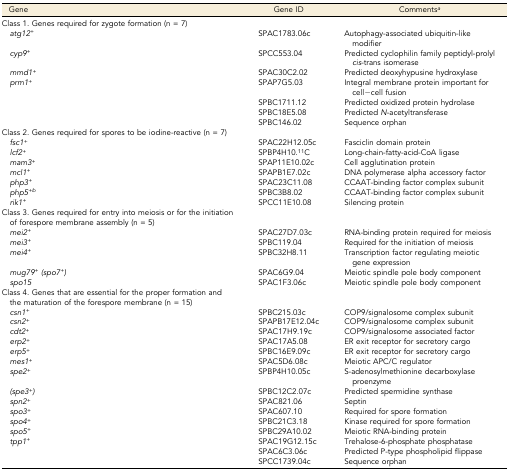
<table><thead><tr><td><b>Gene</b></td><td><b>Gene ID</b></td><td><b>Comments<i><sup>a</sup></i></b></td></tr></thead><tbody><tr><td>Class 1. Genes required for zygote formation (n = 7)</td><td></td><td></td></tr><tr><td><i> atg12</i><sup>+</sup></td><td>SPAC1783.06c</td><td>Autophagy-associated ubiquitin-like modifier</td></tr><tr><td><i> cyp9</i><sup>+</sup></td><td>SPCC553.04</td><td>Predicted cyclophilin family peptidyl-prolyl <i>cis</i>-trans isomerase</td></tr><tr><td><i> mmd1</i><sup>+</sup></td><td>SPAC30C2.02</td><td>Predicted deoxyhypusine hydroxylase</td></tr><tr><td><i> prm1</i><sup>+</sup></td><td>SPAP7G5.03</td><td>Integral membrane protein important for cell−cell fusion</td></tr><tr><td></td><td>SPBC1711.12</td><td>Predicted oxidized protein hydrolase</td></tr><tr><td></td><td>SPBC18E5.08</td><td>Predicted <i>N</i>-acetyltransferase</td></tr><tr><td></td><td>SPBC146.02</td><td>Sequence orphan</td></tr><tr><td>Class 2. Genes required for spores to be iodine-reactive (n = 7)</td><td></td><td></td></tr><tr><td><i> fsc1</i><sup>+</sup></td><td>SPAC22H12.05c</td><td>Fasciclin domain protein</td></tr><tr><td><i> lcf2</i><sup>+</sup></td><td>SPBP4H10.<sup>11</sup>C</td><td>Long-chain-fatty-acid-CoA ligase</td></tr><tr><td><i> mam3</i><sup>+</sup></td><td>SPAP11E10.02c</td><td>Cell agglutination protein</td></tr><tr><td><i> mcl1</i><sup>+</sup></td><td>SPAPB1E7.02c</td><td>DNA polymerase alpha accessory factor</td></tr><tr><td><i> php3</i><sup>+</sup></td><td>SPAC23C11.08</td><td>CCAAT-binding factor complex subunit</td></tr><tr><td><i> php5</i><sup>+</sup><i><sup>b</sup></i></td><td>SPBC3B8.02</td><td>CCAAT-binding factor complex subunit</td></tr><tr><td><i> rik1</i><sup>+</sup></td><td>SPCC11E10.08</td><td>Silencing protein</td></tr><tr><td>Class 3. Genes required for entry into meiosis or for the initiation of forespore membrane assembly (n = 5)</td><td></td><td></td></tr><tr><td><i> mei2</i><sup>+</sup></td><td>SPAC27D7.03c</td><td>RNA-binding protein required for meiosis</td></tr><tr><td><i> mei3</i><sup>+</sup></td><td>SPBC119.04</td><td>Required for the initiation of meiosis</td></tr><tr><td><i> mei4</i><sup>+</sup></td><td>SPBC32H8.11</td><td>Transcription factor regulating meiotic gene expression</td></tr><tr><td><i> mug79</i><sup>+</sup><i>(spo7</i><sup>+</sup><i>)</i></td><td>SPAC6G9.04</td><td>Meiotic spindle pole body component</td></tr><tr><td><i> spo15</i></td><td>SPAC1F3.06c</td><td>Meiotic spindle pole body component</td></tr><tr><td>Class 4. Genes that are essential for the proper formation and the maturation of the forespore membrane (n = 15)</td><td></td><td></td></tr><tr><td><i> csn1</i><sup>+</sup></td><td>SPBC215.03c</td><td>COP9/signalosome complex subunit</td></tr><tr><td><i> csn2</i><sup>+</sup></td><td>SPAPB17E12.04c</td><td>COP9/signalosome complex subunit</td></tr><tr><td><i> cdt2</i><sup>+</sup></td><td>SPAC17H9.19c</td><td>COP9/signalosome associated factor</td></tr><tr><td><i> erp2</i><sup>+</sup></td><td>SPAC17A5.08</td><td>ER exit receptor for secretory cargo</td></tr><tr><td><i> erp5</i><sup>+</sup></td><td>SPBC16E9.09c</td><td>ER exit receptor for secretory cargo</td></tr><tr><td><i> mes1</i><sup>+</sup></td><td>SPAC5D6.08c</td><td>Meiotic APC/C regulator</td></tr><tr><td><i> spe2</i><sup>+</sup></td><td>SPBP4H10.05c</td><td>S-adenosylmethionine decarboxylase proenzyme</td></tr><tr><td><i> (spe3</i><sup>+</sup><i>)</i></td><td>SPBC12C2.07c</td><td>Predicted spermidine synthase</td></tr><tr><td><i> spn2</i><sup>+</sup></td><td>SPAC821.06</td><td>Septin</td></tr><tr><td><i> spo3</i><sup>+</sup></td><td>SPAC607.10</td><td>Required for spore formation</td></tr><tr><td><i> spo4</i><sup>+</sup></td><td>SPBC21C3.18</td><td>Kinase required for spore formation</td></tr><tr><td><i> spo5</i><sup>+</sup></td><td>SPBC29A10.02</td><td>Meiotic RNA-binding protein</td></tr><tr><td><i> tpp1</i><sup>+</sup></td><td>SPAC19G12.15c</td><td>Trehalose-6-phosphate phosphatase</td></tr><tr><td></td><td>SPAC6C3.06c</td><td>Predicted P-type phospholipid flippase</td></tr><tr><td></td><td>SPCC1739.04c</td><td>Sequence orphan</td></tr></tbody></table>